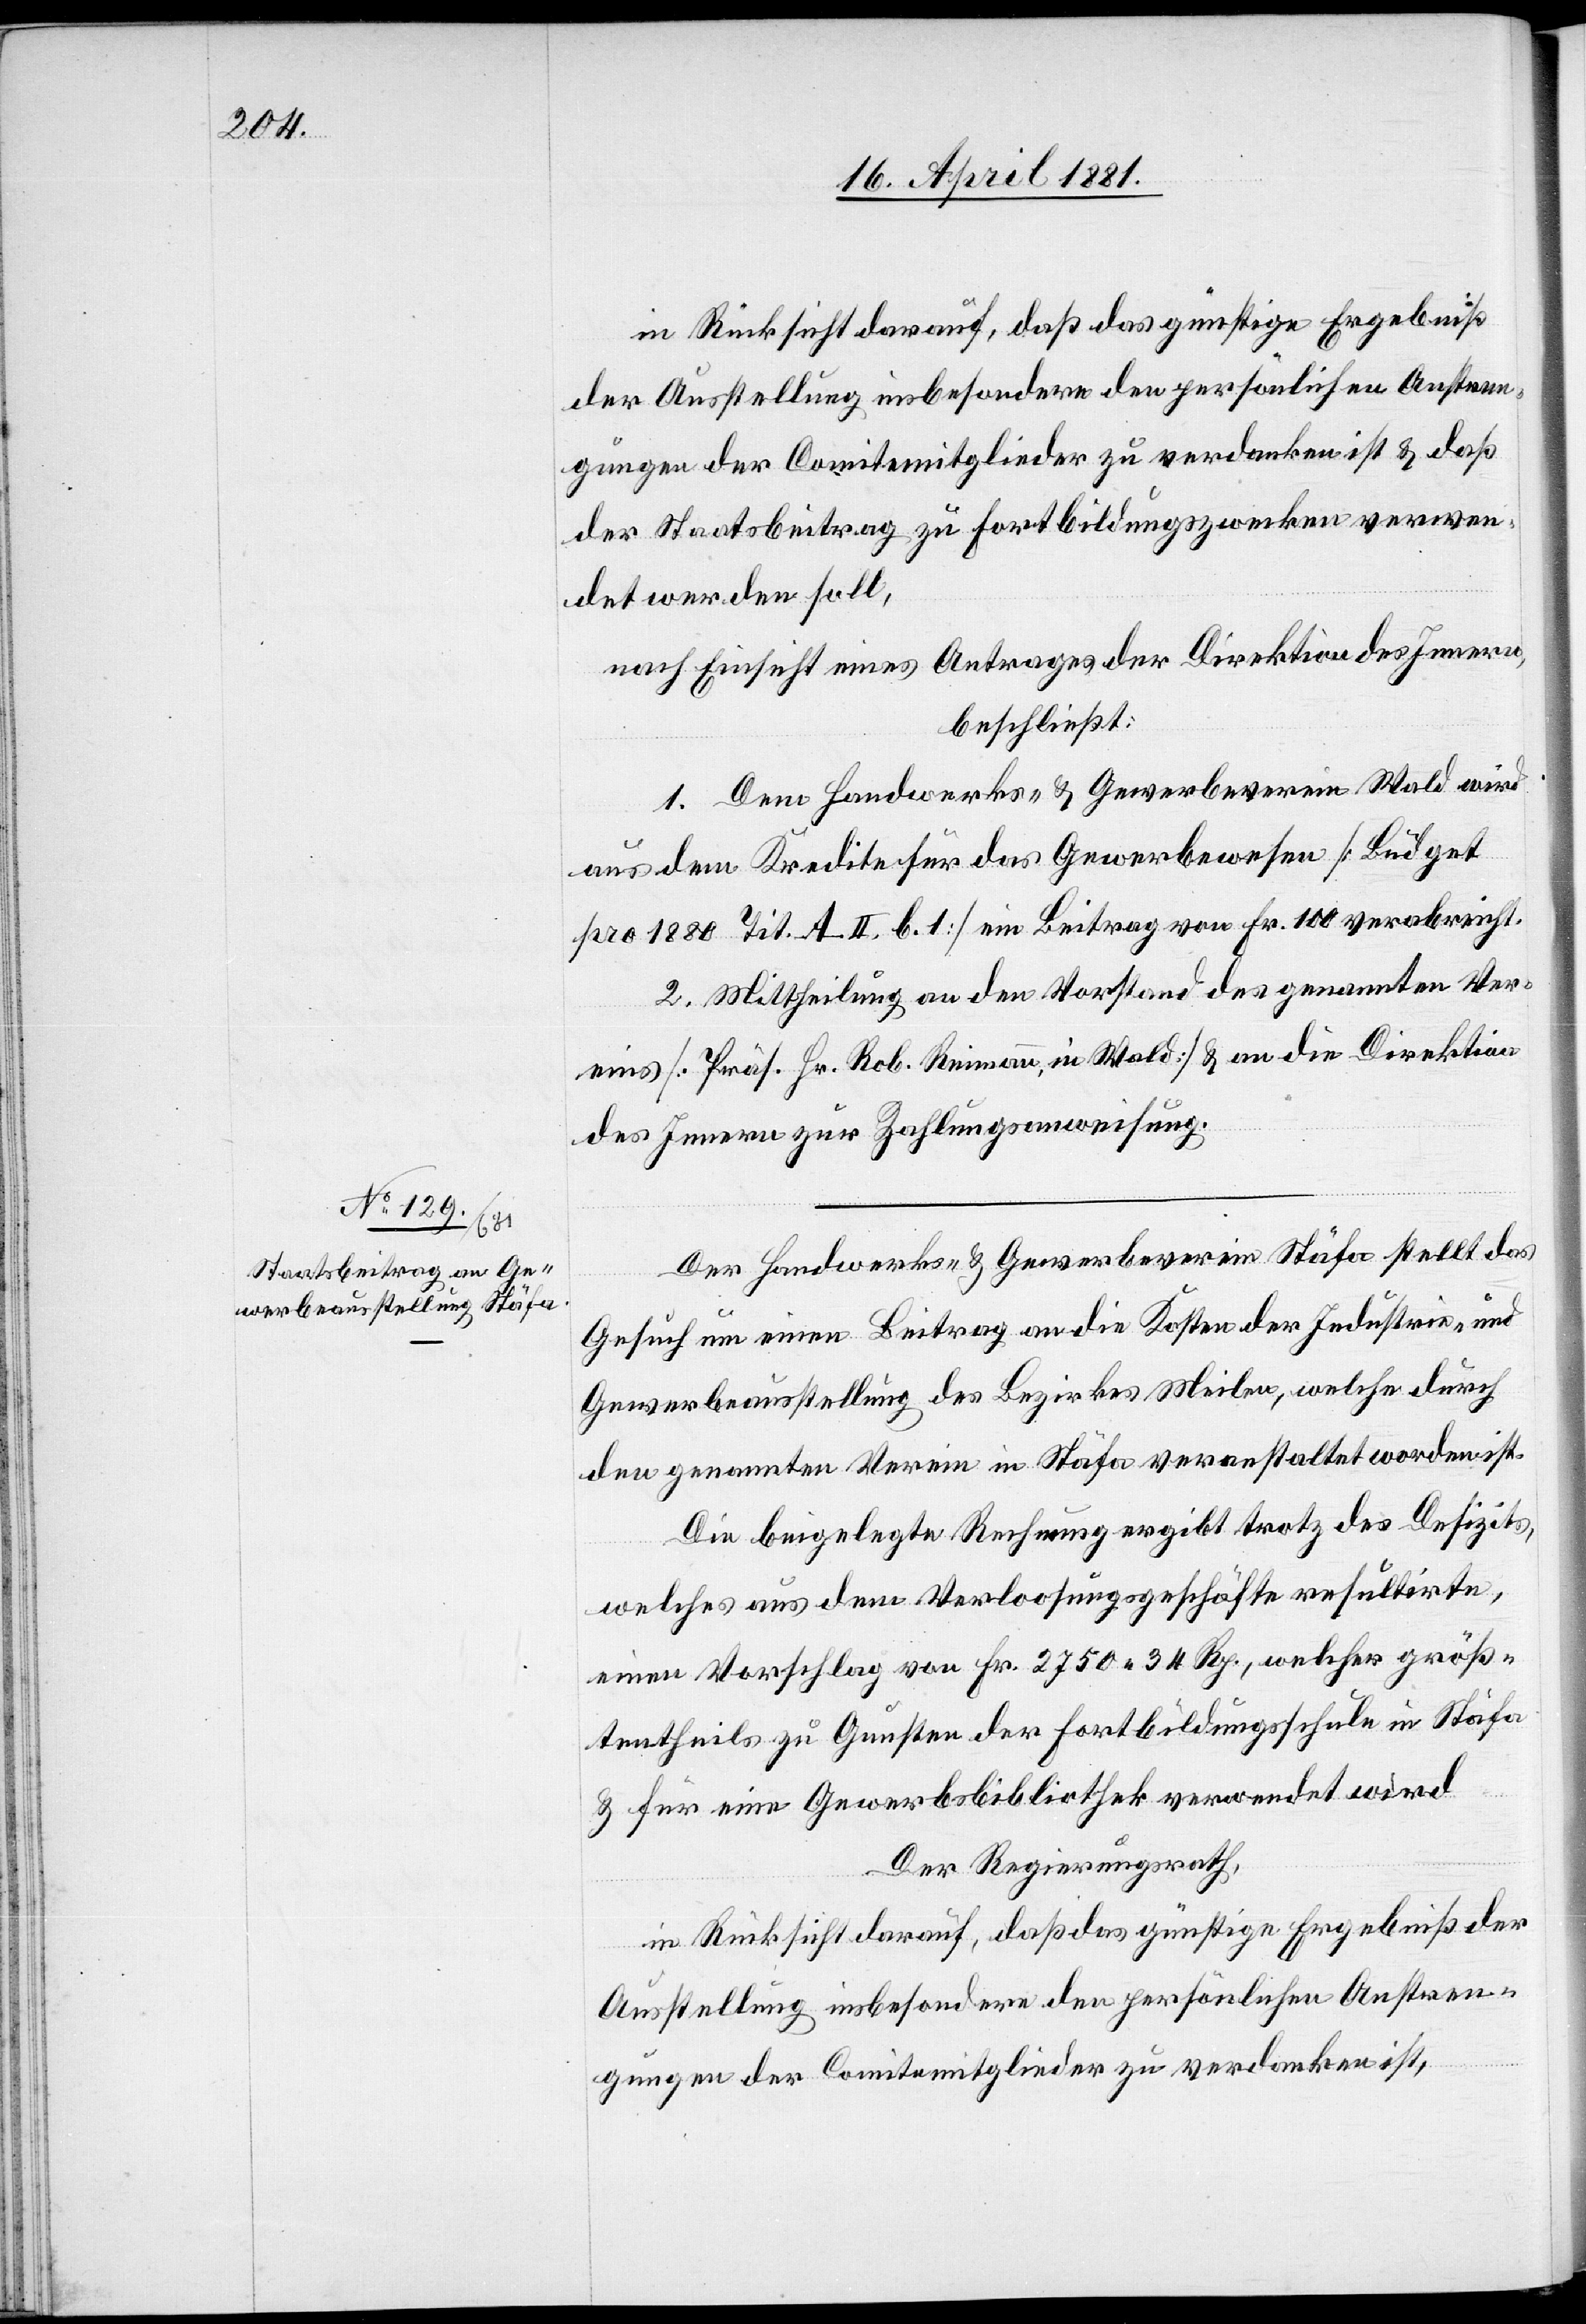
gungen der Comitemitglieder zu verdanken ist & daß
der Staatsbeitrag zu Fortbildungszwecken verwen¬
det werden soll,
nach Einsicht eines Antrages der Direktion des Innern,
beschließt:
1. Dem Handwerks- & Gewerbeverein Wald wird
aus dem Kredite für das Gewerbewesen [Budget
pro 1880 Tit. A. II. b. 1] ein Beitrag von Fr. 100 verabreicht.
2. Mittheilung an den Vorstand des genannten Ver¬
eins [Präs. Hr. Rob. Reimann, in Wald] & an die Direktion
des Innern zur Zahlungsanweisung.
Der Handwerks- & Gewerbeverein Stäfa stellt das
Gesuch um einen Beitrag an die Kosten der Industrie- und
Gewerbeausstellung des Bezirks Meilen, welche durch
den genannten Verein in Stäfa veranstaltet worden ist.
Die beigelegte Rechnung ergibt trotz des Defizits,
welches aus dem Verloosungsgeschäfte resultirte,
einen Vorschlag von Fr. 2750 34 Rp., welcher größ¬
tentheils zu Gunsten der Fortbildungsschule in Stäfa
& für eine Gewerbsbibliothek verwendet wird.
Der Regierungsrath,
in Rücksicht darauf, daß das günstige Ergebniß der
Ausstellung insbesondere den persönlichen Anstren¬
gungen der Comitemitglieder zu verdanken ist,